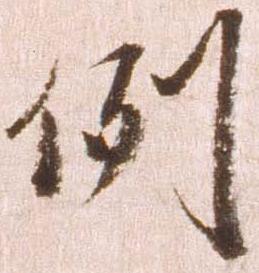
例